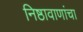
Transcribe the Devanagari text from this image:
निष्ठावाणांचा